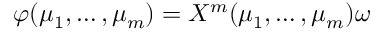
\varphi ( \mu _ { 1 } , \ldots , \mu _ { m } ) = X ^ { m } ( \mu _ { 1 } , \ldots , \mu _ { m } ) \omega